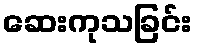
ဆေးကုသခြင်း